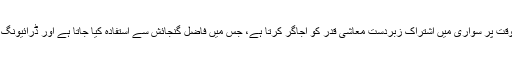
رگھو کا مزید کہنا ہے کہ اصل وقت پر سواری میں اشتراک زبردست معاشی قدر کو اُجاگر کرتا ہے، جس میں فاضل گنجائش سے استفادہ کیا جاتا ہے اور ڈرائیونگ مجموعی صلاحیت پر ہوتی ہے۔